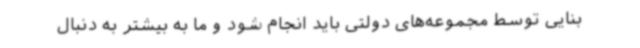
بنایی توسط مجموعه‌های دولتی باید انجام شود و ما به بیشتر به دنبال